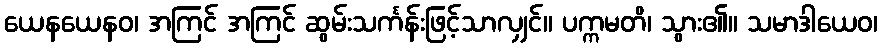
ယေနယေနဝ၊ အကြင် အကြင် ဆွမ်းသင်္ကန်းဖြင့်သာလျှင်။ ပက္ကမတိ၊ သွား၏။ သမာဒါယေဝ၊